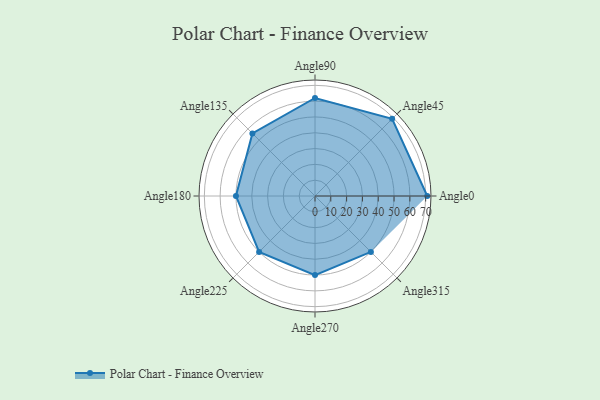
{"axis": {"x": "Angle", "y": "Radius"}, "legend": [""], "data": [{"x": "Angle0", "y": 71.0, "type": ""}, {"x": "Angle45", "y": 69.0, "type": ""}, {"x": "Angle90", "y": 62.0, "type": ""}, {"x": "Angle135", "y": 56.0, "type": ""}, {"x": "Angle180", "y": 50.0, "type": ""}, {"x": "Angle225", "y": 50, "type": ""}, {"x": "Angle270", "y": 50, "type": ""}, {"x": "Angle315", "y": 50, "type": ""}]}